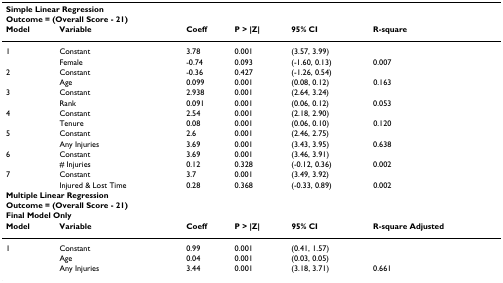
| <COLSPAN=6> Simple Linear Regression |
 | <COLSPAN=6> Outcome = (Overall Score - 21) |
 | Model | Variable | Coeff | P > |Z| | 95% CI | R-square |
 | --- | --- | --- | --- | --- | --- |
 | 1 | Constant | 3.78 | 0.001 | (3.57, 3.99) |  |
 |  | Female | -0.74 | 0.093 | (-1.60, 0.13) | 0.007 |
 | 2 | Constant | -0.36 | 0.427 | (-1.26, 0.54) |  |
 |  | Age | 0.099 | 0.001 | (0.08, 0.12) | 0.163 |
 | 3 | Constant | 2.938 | 0.001 | (2.64, 3.24) |  |
 |  | Rank | 0.091 | 0.001 | (0.06, 0.12) | 0.053 |
 | 4 | Constant | 2.54 | 0.001 | (2.18, 2.90) |  |
 |  | Tenure | 0.08 | 0.001 | (0.06, 0.10) | 0.120 |
 | 5 | Constant | 2.6 | 0.001 | (2.46, 2.75) |  |
 |  | Any Injuries | 3.69 | 0.001 | (3.43, 3.95) | 0.638 |
 | 6 | Constant | 3.69 | 0.001 | (3.46, 3.91) |  |
 |  | # Injuries | 0.12 | 0.328 | (-0.12, 0.36) | 0.002 |
 | 7 | Constant | 3.7 | 0.001 | (3.49, 3.92) |  |
 |  | Injured & Lost Time | 0.28 | 0.368 | (-0.33, 0.89) | 0.002 |
 | <COLSPAN=6> Multiple Linear Regression |
 | <COLSPAN=6> Outcome = (Overall Score - 21) |
 | <COLSPAN=6> Final Model Only |
 | Model | Variable | Coeff | P > |Z| | 95% CI | R-square Adjusted |
 | 1 | Constant | 0.99 | 0.001 | (0.41, 1.57) |  |
 |  | Age | 0.04 | 0.001 | (0.03, 0.05) |  |
 |  | Any Injuries | 3.44 | 0.001 | (3.18, 3.71) | 0.661 |